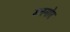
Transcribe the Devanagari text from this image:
डनमोर